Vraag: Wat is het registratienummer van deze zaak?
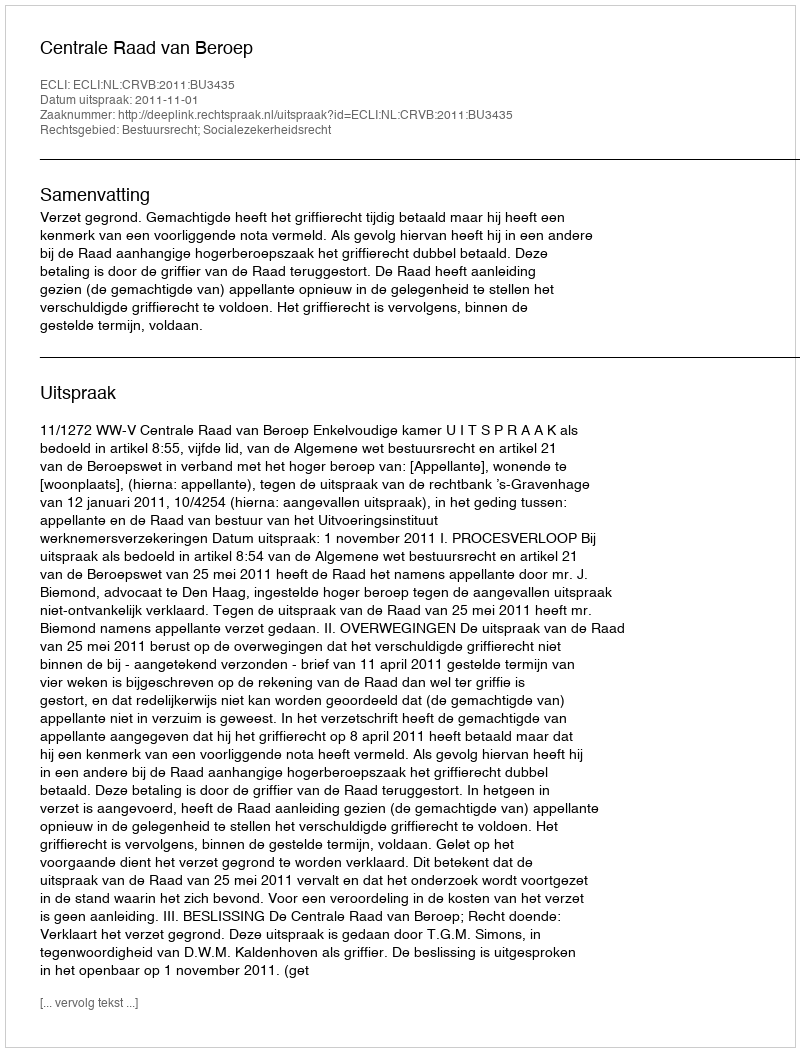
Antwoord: http://deeplink.rechtspraak.nl/uitspraak?id=ECLI:NL:CRVB:2011:BU3435